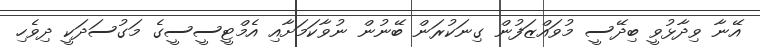
އޭނާ ވިދާޅުވީ ބިދޭސީ މުވައްޒަފުން ގިނަކުރަން ބޭނުން ނުވާކަމަށާއި އެމްޓީސީސީގެ މަގުސަދަކީ ދިވެހި